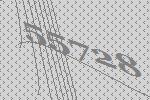
55728